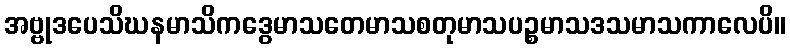
အဗ္ဗုဒပေသိဃနမာသိကဒွေမာသတေမာသစတုမာသပဉ္စမာသဒသမာသကာလေပိ။